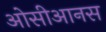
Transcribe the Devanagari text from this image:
ओसीआनस